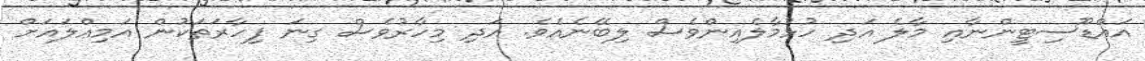
އައްޑޫސިޓީންނާއި މާލެ އަދި ހުޅުމާލެއިންވެސް ލިބޭނެއެވެ. އަދި މިހާރުވެސް ގިނަ ފިހާރަތަކުން އަމިއްލައަށް